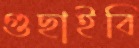
গুছাইবি